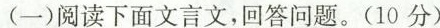
(一)阅读下面文言文，回答问题。(10分)